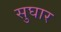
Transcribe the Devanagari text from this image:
सुघार